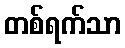
တစ်ရက်သာ